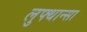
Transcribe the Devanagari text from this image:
लुफ्थान्सा